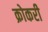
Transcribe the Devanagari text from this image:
क्रोकरी